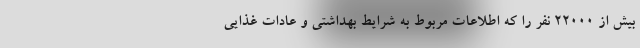
بیش از ۲۲۰۰۰ نفر را که اطلاعات مربوط به شرایط بهداشتی و عادات غذایی